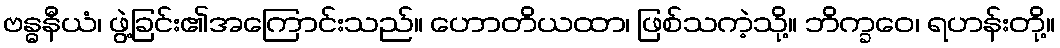
ဗန္ဓနီယံ၊ ဖွဲ့ခြင်း၏အကြောင်းသည်။ ဟောတိယထာ၊ ဖြစ်သကဲ့သို့။ ဘိက္ခဝေ၊ ရဟန်းတို့။